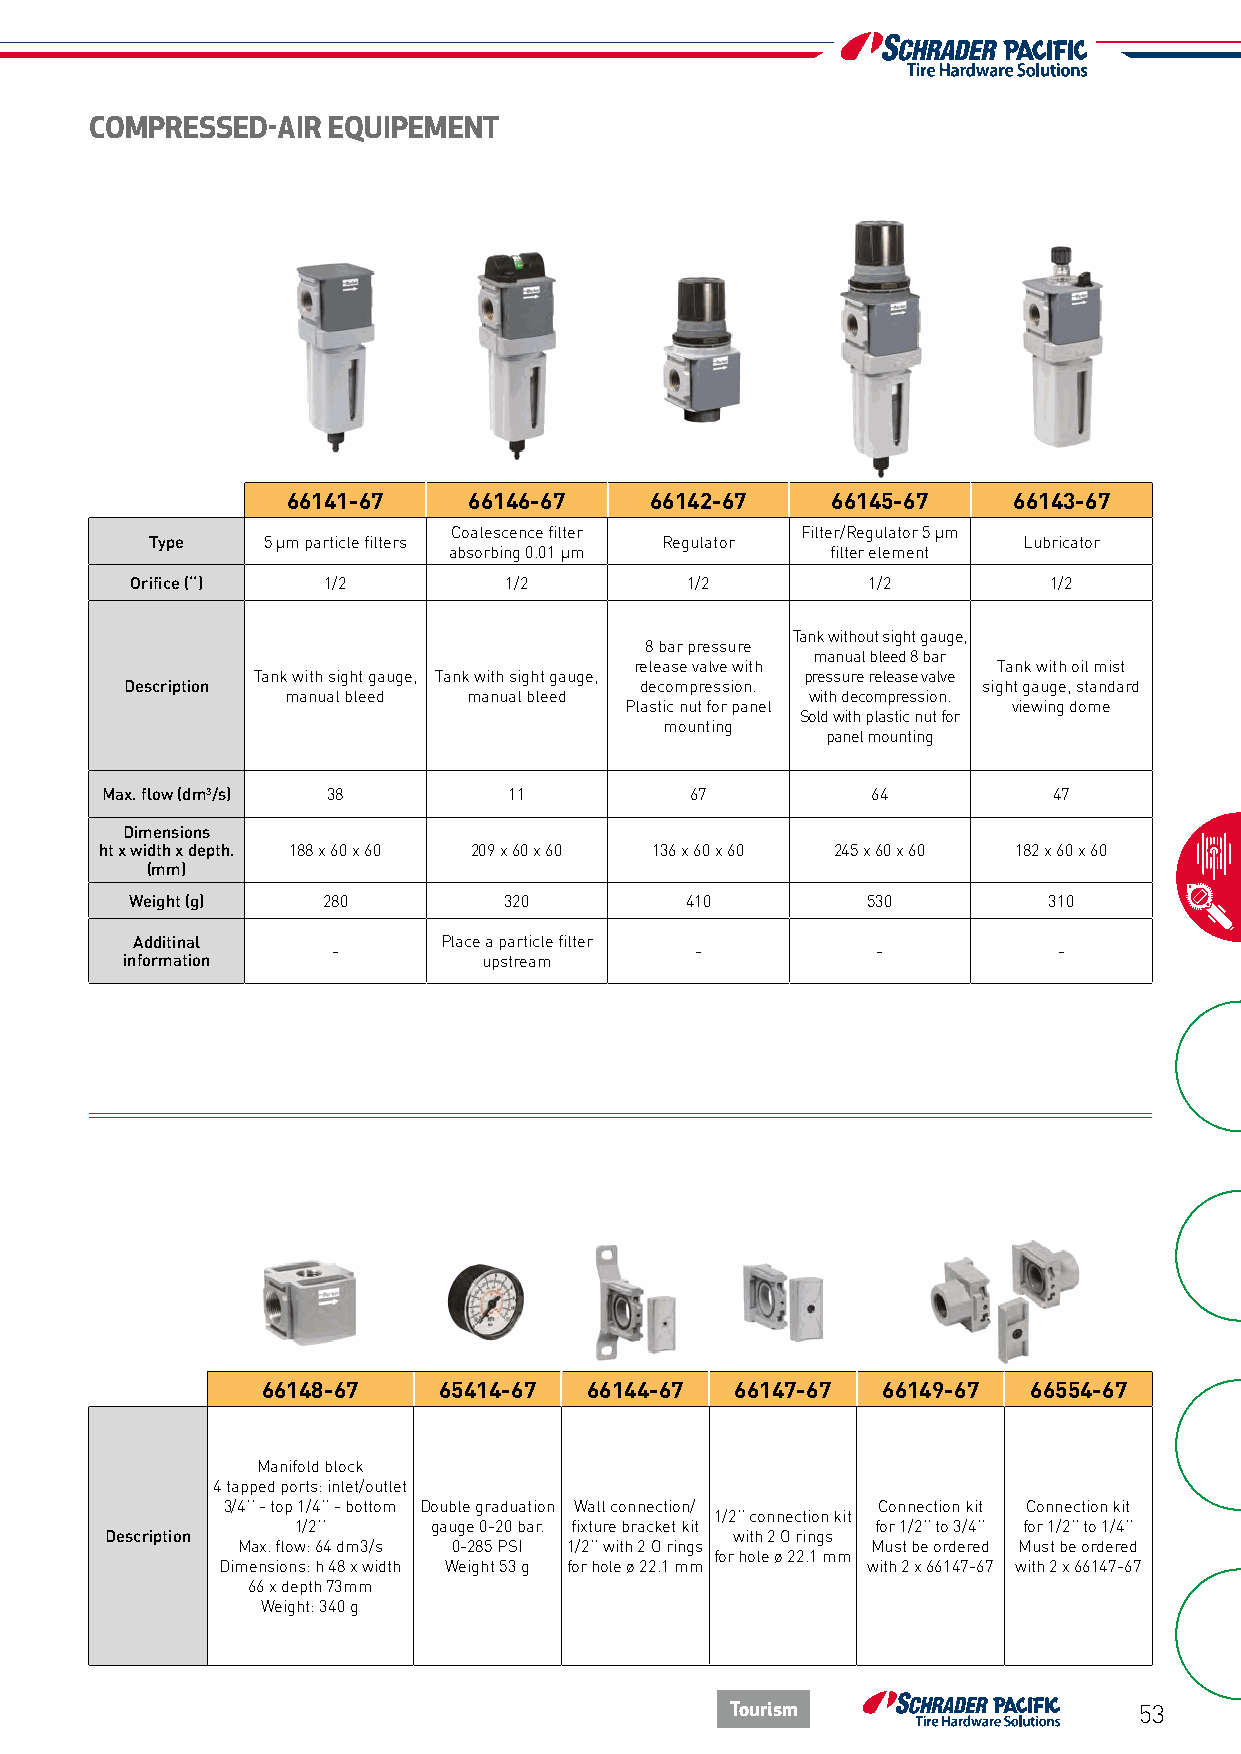
COMPRESSED-AIR  EQUIPEMENT
 66141-67    66146-67    66142-67    66145-67    66143-67
 Coalescence filter     Filter/Regulator 5 µm
 Type   5 µm particle filters      Regulator               Lubricator
 absorbing 0.01 µm        filter element
 Orifice (‘‘) 1/2        1/2         1/2         1/2         1/2
 Tank without sight gauge,
 8 bar pressure
 manual bleed 8 bar
 release valve with      Tank with oil mist
 Tank with sight gauge, Tank with sight gauge, pressure release valve
 Description                       decompression.         sight gauge, standard
 manual bleed manual bleed          with decompression.
 Plastic nut for panel     viewing dome
 Sold with plastic nut for
 mounting
 panel mounting
 Max. flow (dm3/s) 38       11          67          64          47
 Dimensions
 ht x width x depth. 188 x 60 x 60 209 x 60 x 60 136 x 60 x 60 245 x 60 x 60 182 x 60 x 60
 (mm)
 Weight (g)  280         320         410         530         310
 Additinal           Place a particle filter
 -                       -           -           -
 information             upstream
 66148-67    65414-67  66144-67  66147-67 66149-67  66554-67
 Manifold block
 4 tapped ports: inlet/outlet
 3/4’’ - top 1/4’’ - bottom Double graduation Wall connection/ Connection kit Connection kit
 1/2’’ connection kit
 1/2’’    gauge 0-20 bar. fixture bracket kit for 1/2’’ to 3/4’’ for 1/2’’ to 1/4’’
 Description                              with 2 O rings
 Max. flow: 64 dm3/s 0-285 PSI 1/2’’ with 2 O rings Must be ordered Must be ordered
 for hole ø 22.1 mm
 Dimensions: h 48 x width Weight 53 g for hole ø 22.1 mm with 2 x 66147-67 with 2 x 66147-67
 66 x depth 73mm
 Weight: 340 g
 Tourism                    53